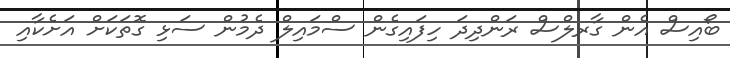
ބޯއިސް އެން ގާރލްސް ރަންދިދަ ހިފައިގެން ސްމައިލް ދެމުން ސަޅި ގޮތަކަށް އަށެކާއި